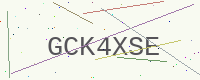
Text: GCK4XSE